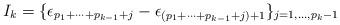
LaTeX: \begin{align*} I_k = \{\epsilon_{p_1 + \cdots + p_{k-1} +j} - \epsilon_{(p_1 + \cdots + p_{k-1} +j)+1} \}_{j=1,\dots, p_k-1} \end{align*}